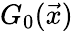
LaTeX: G_{0}(\vec{x})